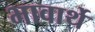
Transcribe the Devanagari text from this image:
भावार्थे